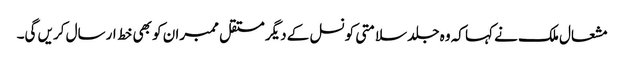
مشعال ملک نے کہا کہ وہ جلد سلامتی کونسل کے دیگر مستقل ممبران کو بھی خط ارسال کریں گی۔